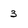
Character: 3